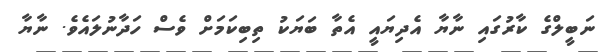
ނަބީލްގެ ކާރުގައި ނާޔާ އެދިޔައީ އެތާ ބަޔަކު ތިބިކަމަށް ވެސް ހަދާނުލައެވެ. ނާޔާ